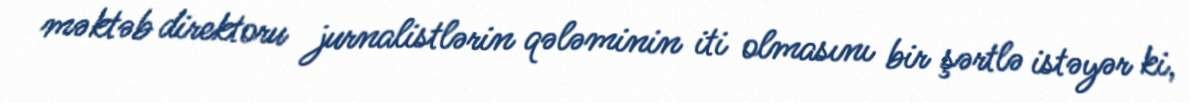
məktəb direktoru jurnalistlərin qələminin iti olmasını bir şərtlə istəyər ki,